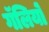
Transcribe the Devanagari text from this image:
गॅलियो